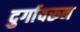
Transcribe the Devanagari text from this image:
दुर्गावरून